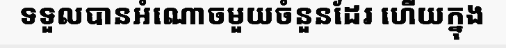
ទទួលបានអំណោចមួយចំនួនដែរ ហើយក្នុង